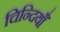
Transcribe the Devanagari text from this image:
चिन्दियाँ